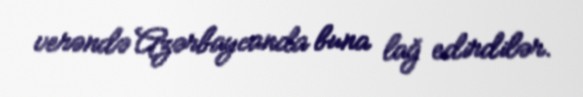
verəndə Azərbaycanda buna lağ edirdilər.